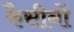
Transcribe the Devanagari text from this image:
कैसीनों